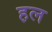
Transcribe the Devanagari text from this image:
ह़ल